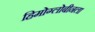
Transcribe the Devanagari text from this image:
हिमोग्लोबीनला